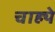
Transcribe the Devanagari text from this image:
चाह्ये